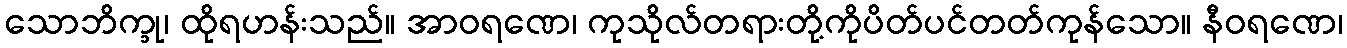
သောဘိက္ခု၊ ထိုရဟန်းသည်။ အာဝရဏေ၊ ကုသိုလ်တရားတို့ကိုပိတ်ပင်တတ်ကုန်သော။ နီဝရဏေ၊